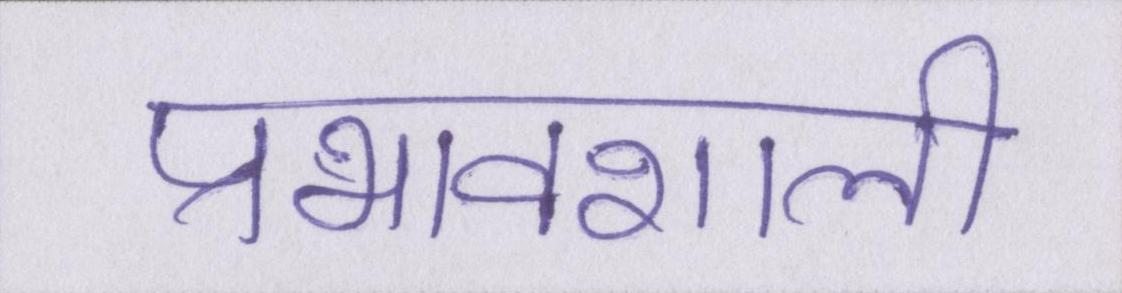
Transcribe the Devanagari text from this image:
प्रभावशाली